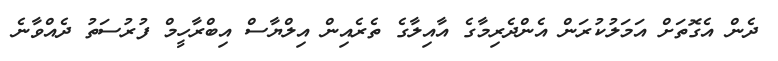
ދެން އެގޮތަށް އަމަލުކުރަން އެންދެރިމާގެ އާއިލާގެ ތެރެއިން އިލްޔާސް އިބްރާހީމް ފުރުސަތު ދެއްވާނެ